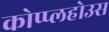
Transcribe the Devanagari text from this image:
कोप्प्लहोउस